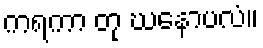
ကရကာ တု ဃနောပလံ။